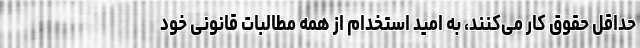
حداقل حقوق کار می‌کنند، به امید استخدام از همه مطالبات قانونی خود